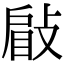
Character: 𢾥